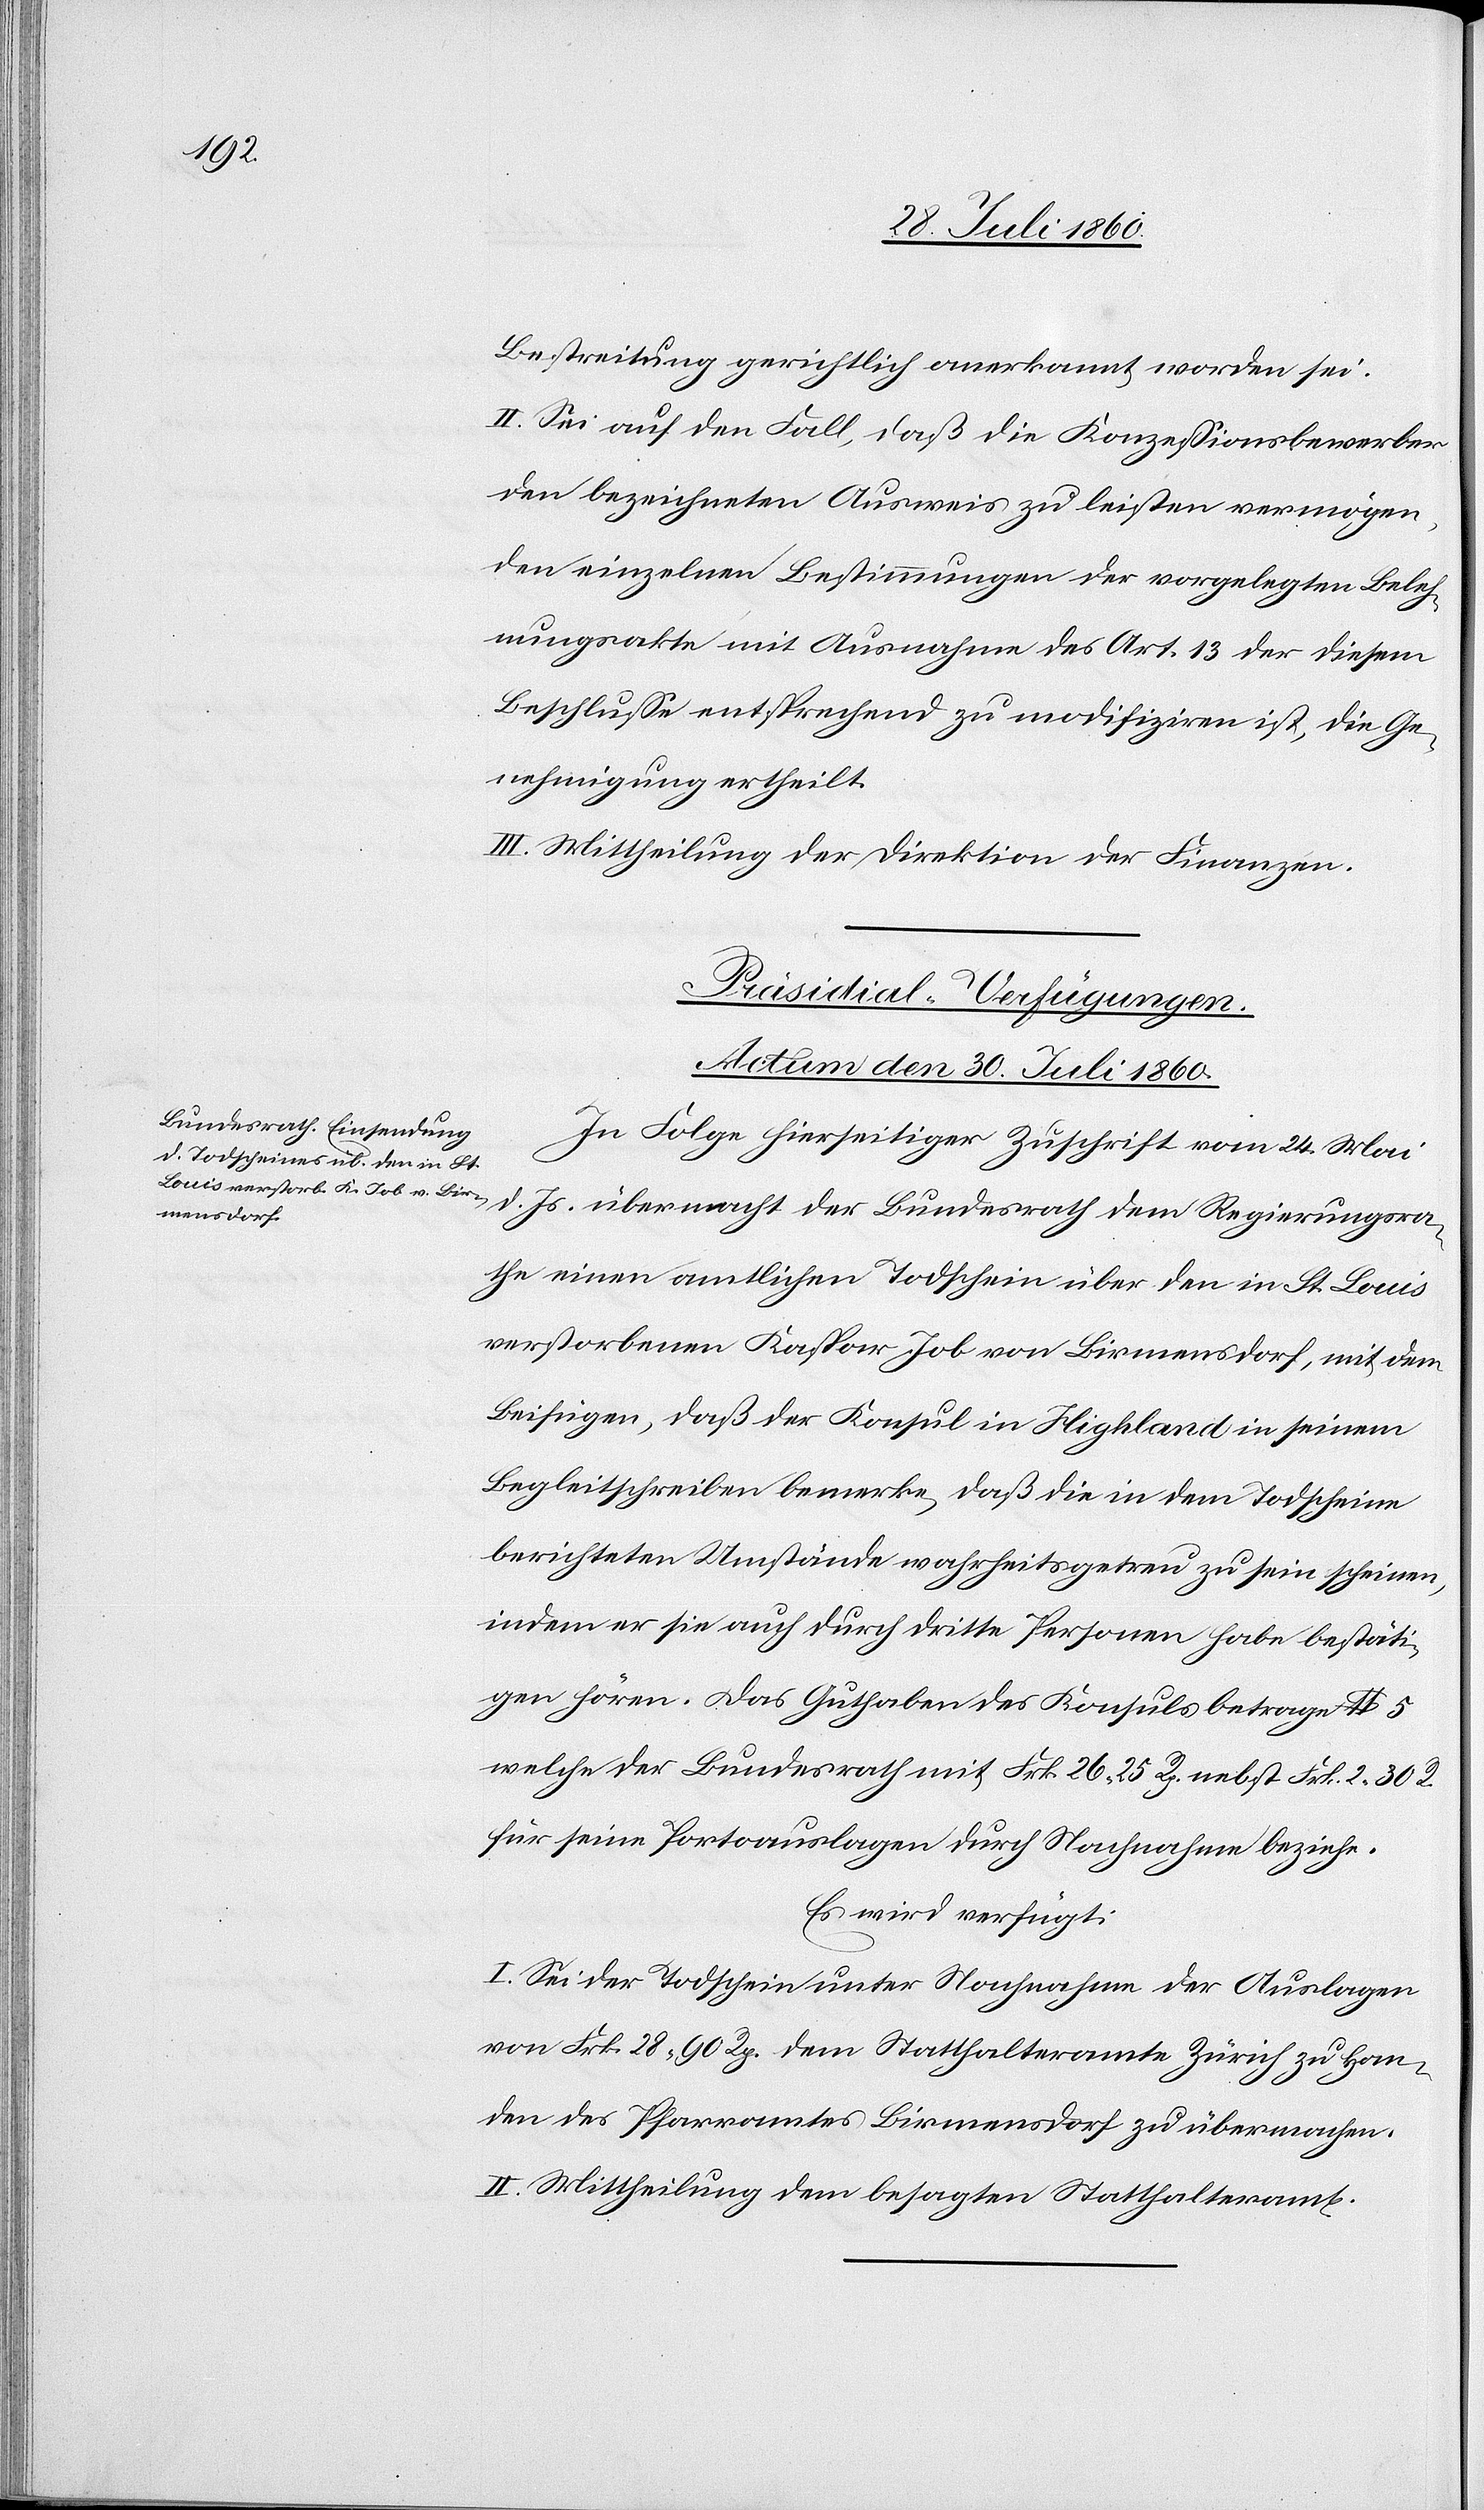
Bestreitung gerichtlich anerkannt worden sei.
II. Sei auf den Fall, dass die Konzessionsbewerber
den bezeichneten Ausweis zu leisten vermögen,
den einzelnen Bestimmungen der vorgelegten Beleh¬
nungsakte mit Ausnahme des Art. 13, der diesem
Beschlusse entsprechend zu modifiziren ist, die Ge¬
nehmigung ertheilt.
III. Mittheilung der Direktion der Finanzen.
Präsidial-Verfügungen.
Actum den 30. Juli 1860.
In Folge hierseitiger Zuschrift vom 24. Mai
d. Js. übermacht der Bundesrath dem Regierungsra¬
the einen amtlichen Todschein über den in St. Louis
verstorbenen Kaspar Job von Birmensdorf, mit dem
Beifügen, daß der Konsul in Highland in seinem
Begleitschreiben bemerke, dass die in dem Todschein
berichteten Umstände wahrheitsgetreu zu sein scheinen,
indem er sie auch durch dritte Personen habe bestäti¬
gen hören. Das Guthaben des Konsul betrage Lb. 5
welche der Bundesrath mit fcs. 26. 25 Rp. nebst fcs. 2. 30C
für seine Portoauslagen durch Nachnahme beziehe.
Es wird verfügt:
I. Sei der Todschein unter Nachnahme der Auslagen
von fcs. 28. 90C dem Statthalteramte Zürich zu Han¬
den des Pfarramtes Birmensdorf zu übermachen.
II. Mittheilung dem besagten Statthalteramt.